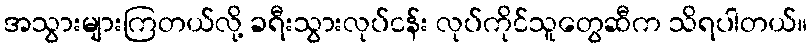
အသွားများကြတယ်လို့ ခရီးသွားလုပ်ငန်း လုပ်ကိုင်သူတွေဆီက သိရပါတယ်။